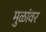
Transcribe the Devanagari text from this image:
मुळांवर